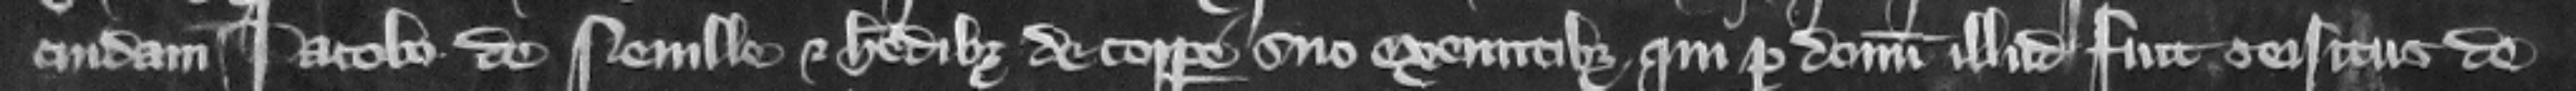
cuidam Iacobo de Neuille et heredibus de corpore suo exeuntibus qui per donum illud fuit seisitus de